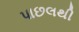
પાછલથી